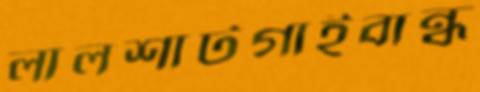
লালশার্টগাইবান্ধ